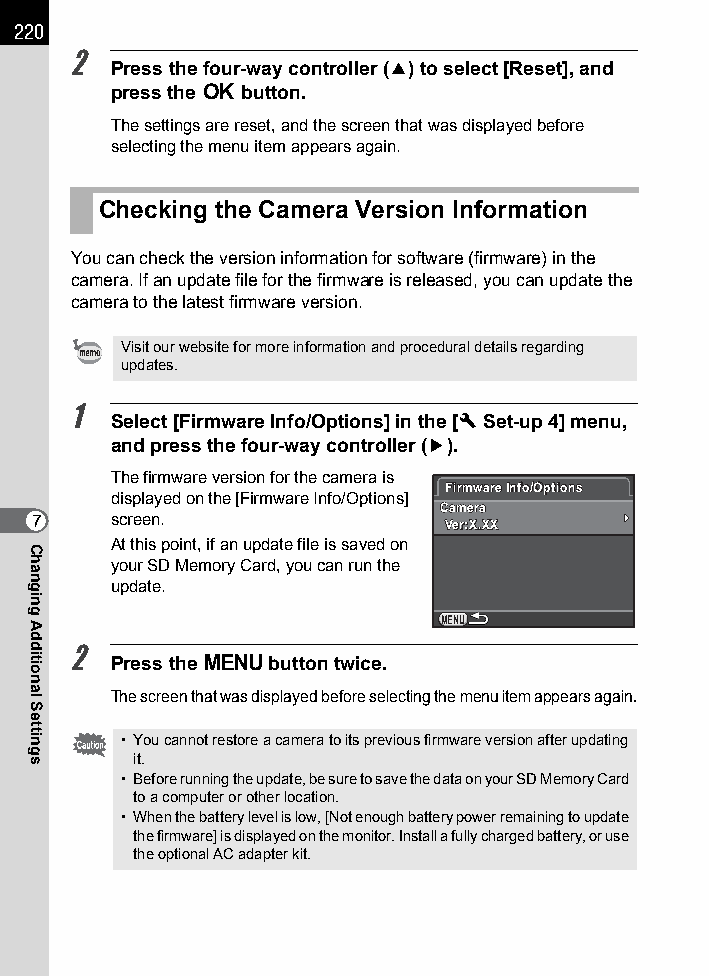
220
 2
 Press the four-way controller (2) to select [Reset], and
 press the 4 button.
 The settings are reset, and the screen that was displayed before
 selecting the menu item appears again.
 Checking the Camera Version Information
 You can check the version information for software (firmware) in the
 camera. If an update file for the firmware is released, you can update the
 camera to the latest firmware version.
 Visit our website for more information and procedural details regarding
 updates.
 1
 Select [Firmware Info/Options] in the [R Set-up 4] menu,
 and press the four-way controller (5).
 The firmware version for the camera is
 FFiirrmmwwaarree IInnffoo//OOppttiioonnss
 displayed on the [Firmware Info/Options]
 CCaammeerraa
 7    screen.               VVeerr::XX..XXXX
 At this point, if an update file is saved on
 your SD Memory Card, you can run the
 update.
 MENU
 2
 Press the 3 button twice.
 The screen that was displayed before selecting the menu item appears again.
 • You cannot restore a camera to its previous firmware version after updating
 it.
 • Before running the update, be sure to save the data on your SD Memory Card
 to a computer or other location.
 • When the battery level is low, [Not enough battery power remaining to update
 the firmware] is displayed on the monitor. Install a fully charged battery, or use
 the optional AC adapter kit.
 Changing
 Additional
 Settings